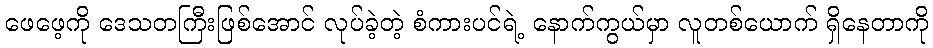
ဖေဖေ့ကို ဒေသတကြီးဖြစ်အောင် လုပ်ခဲ့တဲ့ စံကားပင်ရဲ့ နောက်ကွယ်မှာ လူတစ်ယောက် ရှိနေတာကို